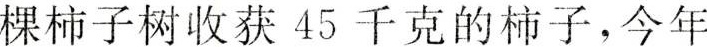
棵柿子树收获45千克的柿子，今年